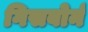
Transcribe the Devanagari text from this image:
गिसबोर्न